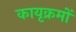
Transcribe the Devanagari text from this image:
कायृक्रमों